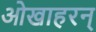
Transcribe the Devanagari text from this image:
ओखाहरन्